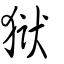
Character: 獄